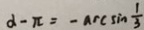
\alpha - \pi = - \arcsin \frac { 1 } { 3 }